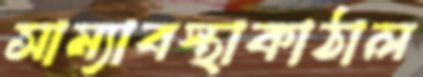
সাম্যাবস্থাকাঠাল